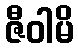
ဇီဝါမိ